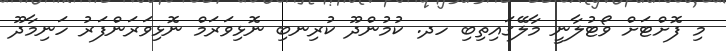
މި ފޮށްޓަށް ވޯޓުލާނީ މާލޭގައިތިބި ހދ. ކުމުންދޫ ކުރިނބި ނޮޅިވަރަމް ނޮޅިވަރަންފަރު ހަނިމާދޫ